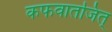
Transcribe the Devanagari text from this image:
कफवातजित्